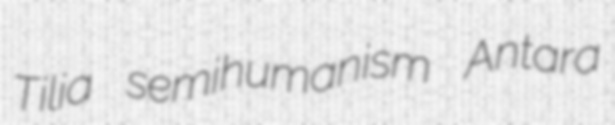
Tilia semihumanism Antara